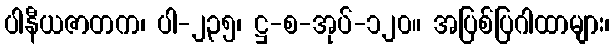
ပါနီယဇာတက၊ ပါ-၂၃၅၊ ဋ္ဌ-စ-အုပ်-၁၂၀။ အပြစ်ပြဂါထာများ၊